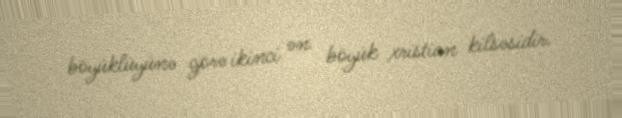
böyüklüyünə görə ikinci ən böyük xristian kilsəsidir.